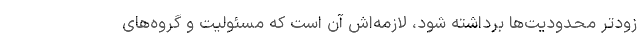
زودتر محدودیت‌ها برداشته شود، لازمه‌اش آن است که مسئولیت و گروه‌های